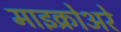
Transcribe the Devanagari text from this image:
माइक्रोअरे